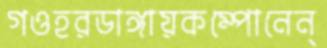
গওহরডাঙ্গায়কম্পোনেন্